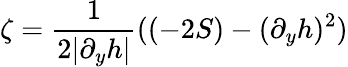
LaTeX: \zeta=\frac{1}{2|\partial_{y}h|}((-2S)-(\partial_{y}h)^{2})